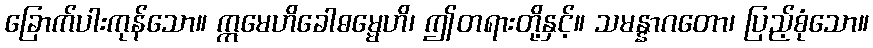
ခြောက်ပါးကုန်သော။ ဣမေဟိခေါဓမ္မေဟိ၊ ဤတရားတို့နှင့်။ သမန္နာဂတော၊ ပြည့်စုံသော။